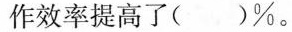
作效率提高了()%。